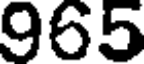
965